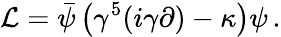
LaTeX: {\cal L}=\bar{\psi}\left(\gamma^{5}(i\gamma\partial)-\kappa\right)\psi\, .